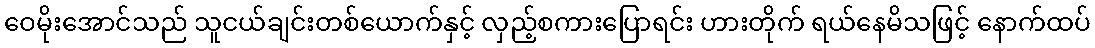
ဝေမိုးအောင်သည် သူငယ်ချင်းတစ်ယောက်နှင့် လှည့်စကားပြောရင်း ဟားတိုက် ရယ်နေမိသဖြင့် နောက်ထပ်